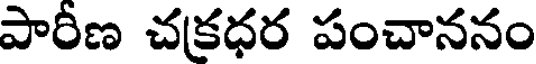
పారీణ చక్రధర పంచాననం